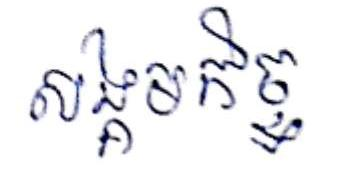
សង្គមកិច្ច